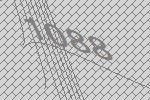
1088